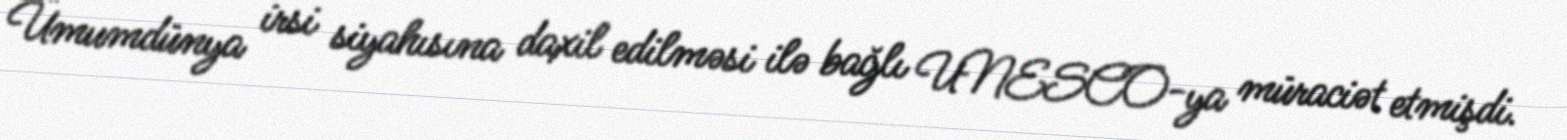
Ümumdünya irsi siyahısına daxil edilməsi ilə bağlı UNESCO-ya müraciət etmişdi.